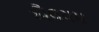
ઐલયમ